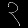
Digit: ၃